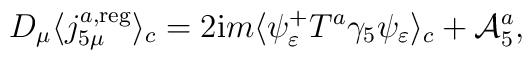
D_\mu \langle j_{5\mu }^{a,{\rm reg}}\rangle _c=2{\rm i}m\langle \psi_\varepsilon ^{+}T^a\gamma _5\psi _\varepsilon \rangle _c+{\cal A}_5^a,